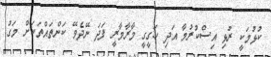
ކުޅުމަކީ ރުޅި އިސްކުރުމާ އަދި ހަގީގީ މާރާމާރީ ފަދަ ނޭދެވޭ ކަންތައްތަކަށް މަގު